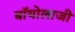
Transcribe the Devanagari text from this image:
बॉयोलाजी